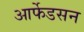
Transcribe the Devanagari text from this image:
आर्फेडसन